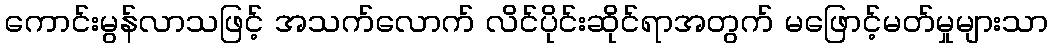
ကောင်းမွန်လာသဖြင့် အသက်လောက် လိင်ပိုင်းဆိုင်ရာအတွက် မဖြောင့်မတ်မှုများသာ